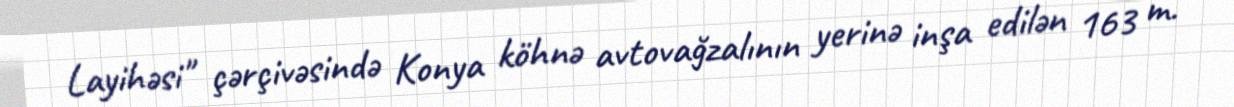
Layihəsi" çərçivəsində Konya köhnə avtovağzalının yerinə inşa edilən 163 m.